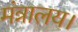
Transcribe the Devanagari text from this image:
मंत्रालय।